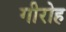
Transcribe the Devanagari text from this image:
गीरोह